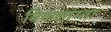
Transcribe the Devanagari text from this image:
विकलांग्‍ता